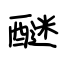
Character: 醚